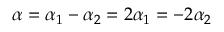
\alpha = \alpha _ { 1 } - \alpha _ { 2 } = 2 \alpha _ { 1 } = - 2 \alpha _ { 2 }